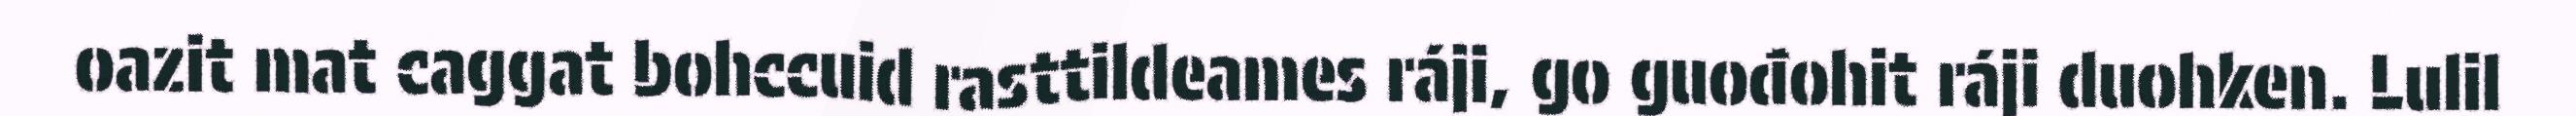
oazit mat caggat bohccuid rasttildeames ráji, go guođohit ráji duohken. Lulil